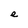
Character: e